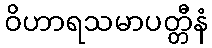
ဝိဟာရသမာပတ္တီနံ